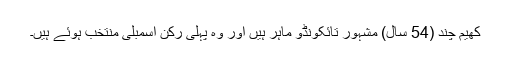
کھیم چند (54 سال) مشہور تائکونڈو ماہر ہیں اور وہ پہلی رکن اسمبلی منتخب ہوئے ہیں۔